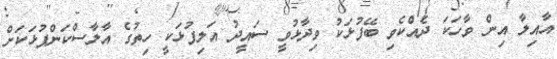
އާއިލާ އިން ވާހަކަ ދެއްކެވި ބޭފުޅަކު ވިދާޅުވީ ސައީދު އަލިފުޅަކީ ހިތުގެ އާލާސްކަންފުޅަކަށް